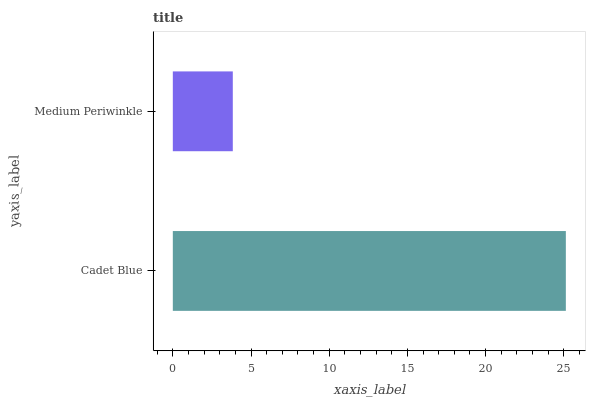
| yaxis_label | bars |
 | --- | --- |
 | Cadet Blue | 25.1 |
 | Medium Periwinkle | 3.84 |